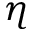
\eta